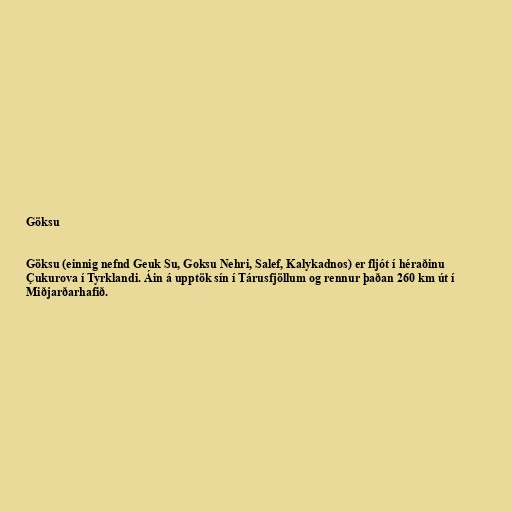
Göksu

Göksu (einnig nefnd Geuk Su, Goksu Nehri, Salef, Kalykadnos) er fljót í héraðinu
Çukurova í Tyrklandi. Áin á upptök sín í Tárusfjöllum og rennur þaðan 260 km út í
Miðjarðarhafið.